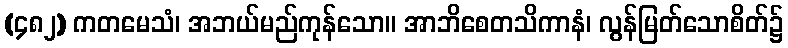
(၄၈၂) ကတမေသံ၊ အဘယ်မည်ကုန်သော။ အာဘိစေတသိကာနံ၊ လွန်မြတ်သောစိတ်၌